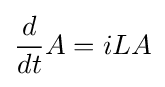
{\frac {d}{dt}}A=iLA